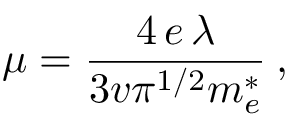
\mu = \frac { 4 \, e \, \lambda } { 3 v \pi ^ { 1 / 2 } m _ { e } ^ { * } } \: ,